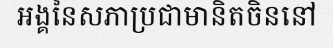
អង្គនៃសភាប្រជាមានិតចិននៅ